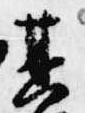
其